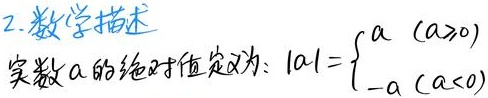
2. 数学描述
实数\(a\)的绝对值定义为：\(\vert a\vert=\begin{cases}
a & (a\geq0) \\
-a & (a<0)
\end{cases}\)